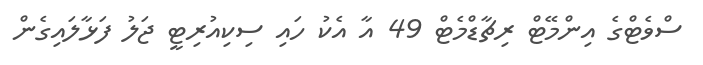
ސްވެޓްގެ އިންމޭޓް ރިޗާޑްމެޓް 49 އާ އެކު ހައި ސިކިއުރިޓީ ޖަލު ފަޅާލައިގެން